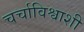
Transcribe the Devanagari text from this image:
चर्चाविश्वाशी